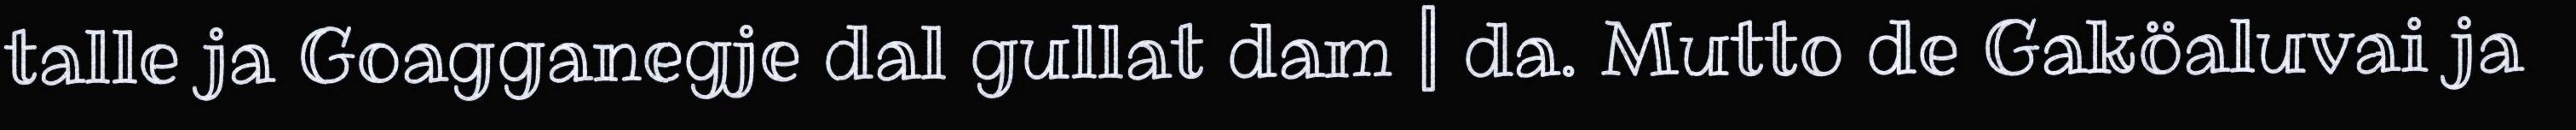
talle ja Goagganegje dal gullat dam | da. Mutto de Gaköaluvai ja